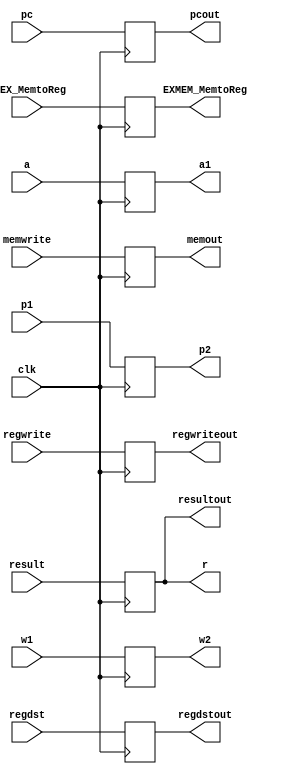
`timescale 1ns / 1ps
module EXMEM_Registers(clk,r,a,pc,result,regdst,regwrite,memwrite,w1,IDEX_MemtoReg,pcout,resultout,regdstout,regwriteout,memout,w2,EXMEM_MemtoReg,a1,p1,p2);
input clk;       
input [31:0]a;
input [31:0]pc;
input [31:0]result,p1;
input regdst;
input regwrite;
input memwrite;
input [4:0]w1;
input IDEX_MemtoReg;
output reg [31:0]pcout;
output  reg[31:0]resultout;
output reg regdstout;
output reg regwriteout;
output reg[4:0]w2;
output reg [31:0]a1,p2;
output reg EXMEM_MemtoReg;
output reg memout;
output reg[31:0]r;
initial begin
pcout=0;
p2=0;
r=0;
w2=0;
a1=0;
w2=0;
EXMEM_MemtoReg=0;
resultout=0;
regdstout=0;
regwriteout=0;
memout=0;
end
always@(posedge clk) begin
resultout=result[31:0];
r=result;
pcout=pc;
w2=w1;
p2=p1;
a1=a;
EXMEM_MemtoReg=IDEX_MemtoReg;
regdstout=regdst;
regwriteout=regwrite;
memout=memwrite;
end
endmodule